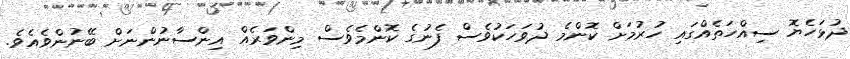
ދުޅަހެޔޮ ސިއްހަތެއްގައި ހުރުމަށް ކޮންމެ ދުވަހަކުވެސް ފެނުގެ ކޮންމެވެސް މިންވަރެއް އިންސާނުންނަށް ބޭނުންވެއެވެ.